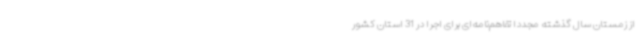
از زمستان سال گذشته مجدداً تفاهم‌نامه‌ای برای اجرا در 31 استان کشور